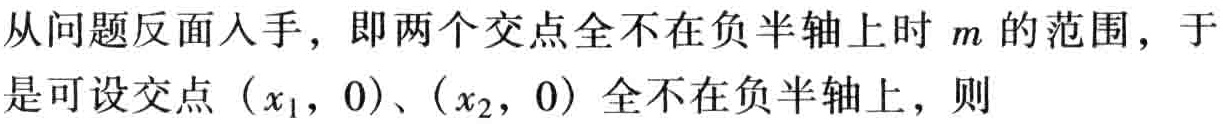
从问题反面入手，即两个交点全不在负半轴上时 \(m\) 的范围，于是可设交点 \((x_1,0)\)、\((x_2,0)\) 全不在负半轴上，则